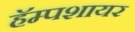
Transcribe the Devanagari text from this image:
हॅम्पशायर